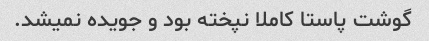
گوشت پاستا کاملا نپخته بود و جویده نمیشد.